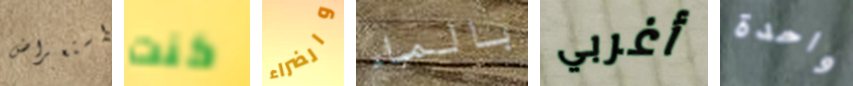
استعراض كنت والضراء بالماء أغربي واحدة